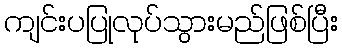
ကျင်းပပြုလုပ်သွားမည်ဖြစ်ပြီး